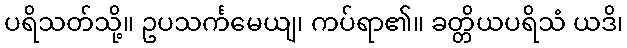
ပရိသတ်သို့။ ဥပသင်္ကမေယျ၊ ကပ်ရာ၏။ ခတ္တိယပရိသံ ယဒိ၊